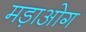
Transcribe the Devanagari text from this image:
मड़ाओग